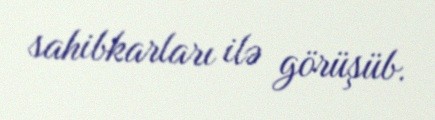
sahibkarları ilə görüşüb.